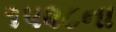
૧૫૨૮ના